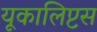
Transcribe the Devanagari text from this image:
यूकालिप्टस